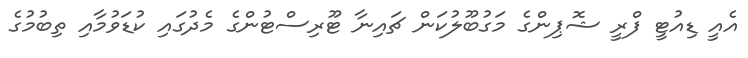
އެއީ ޑިއުޓީ ފްރީ ޝޮޕިންގެ މަގުބޫލުކަން ޗައިނާ ޓޫރިސްޓުންގެ މެދުގައި ކުޑަވުމާއި ތިބުމުގެ